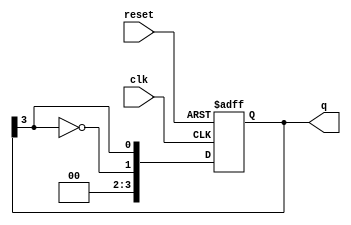
module johnson_counter (
    input wire clk,           // Clock input
    input wire reset,         // Asynchronous reset
    output reg [N-1:0] q      // Counter output
);
    
    parameter N = 4;          // Number of flip-flops (adjust as needed)
    
    always @(posedge clk or posedge reset) begin
        if (reset) begin
            q <= 0;          // Reset the counter to 0000
        end else begin
            q <= {~q[N-1], q[N-1:N-1]}; // Shift and invert feedback
        end
    end

endmodule